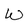
Character: W